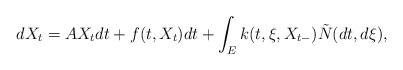
LaTeX: \begin{align*} dX_t=AX_t dt+f(t,X_t) dt + \int_E k(t,\xi,X_{t-}) \tilde{N}(dt,d\xi),\end{align*}